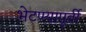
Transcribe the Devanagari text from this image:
भेटण्यापूर्वी